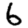
Digit: 6